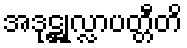
အဒုဋ္ဌုလ္လာပတ္တီတိ